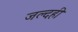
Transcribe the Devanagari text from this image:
जल्दही